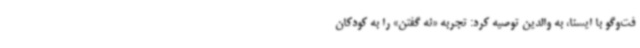
فت‌وگو با ایسنا، به والدین توصیه کرد: تجربه «نه گفتن» را به کودکان